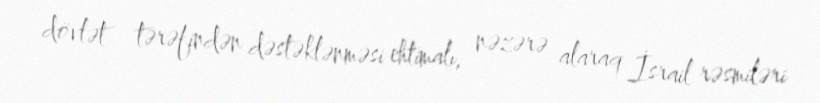
dövlət tərəfindən dəstəklənməsi ehtimalı, nəzərə alaraq İsrail rəsmiləri